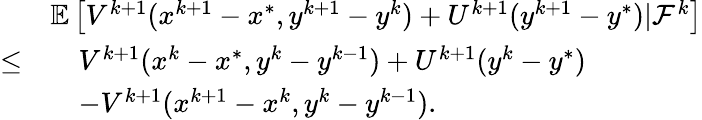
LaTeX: \begin{array}{rl}&{\mathbb{E}\left[V^{k+1}(x^{k+1}-x^{*},y^{k+1}-y^{k})+U^{k+1}(y^{k+1}-y^{*})|\mathcal{F}^{k}\right]}\\ {\leq}&{\quad V^{k+1}(x^{k}-x^{*},y^{k}-y^{k-1})+U^{k+1}(y^{k}-y^{*})}\\ &{\quad-V^{k+1}(x^{k+1}-x^{k},y^{k}-y^{k-1}).}\end{array}